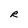
Character: R